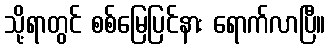
သို့ရာတွင် စစ်မြေပြင်နား ရောက်လာပြီ။